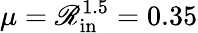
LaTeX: \mu=\mathscr{R}_{\mathrm{{in}}}^{1.5}=0.35